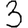
Digit: 3